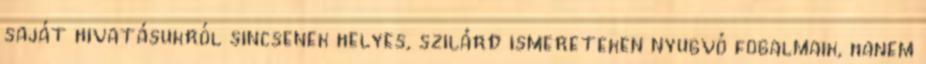
saját hivatásukról sincsenek helyes, szilárd ismereteken nyugvó fogalmaik, hanem